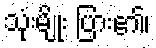
သုံးမျိုး ပြား၏၊